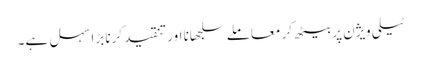
ٹیلی ویژن پر بیٹھ کر معاملے سلجھانا اور تنقید کرنا بڑا سہل ہے۔